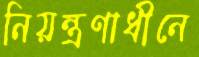
নিয়ন্ত্রণাধীনে